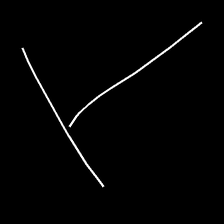
Glyph: column